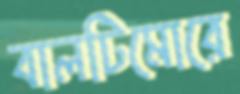
বালটিমোরে